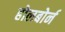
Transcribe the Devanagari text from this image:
होलबोर्न